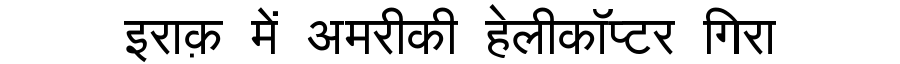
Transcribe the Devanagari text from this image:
इराक़ में अमरीकी हेलीकॉप्टर गिरा